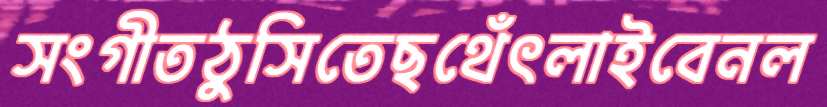
সংগীতঠুসিতেছথেঁৎলাইবেনল